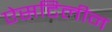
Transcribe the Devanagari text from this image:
ऐसटिलीन